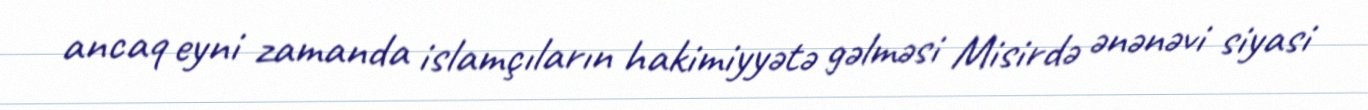
ancaq eyni zamanda islamçıların hakimiyyətə gəlməsi Misirdə ənənəvi siyasi